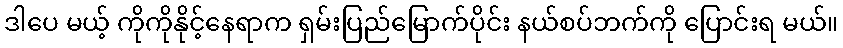
ဒါပေ မယ့် ကိုကိုနိုင့်နေရာက ရှမ်းပြည်မြောက်ပိုင်း နယ်စပ်ဘက်ကို ပြောင်းရ မယ်။